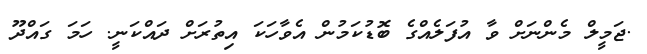
.ޖަމީލް މެންނަށް ވާ އުފަލެއްގެ ބޮޑުކަމުން އެވާހަކަ އިތުރަށް ދައްކަނީ. ހަމަ ގައްދޫ